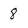
Character: 8